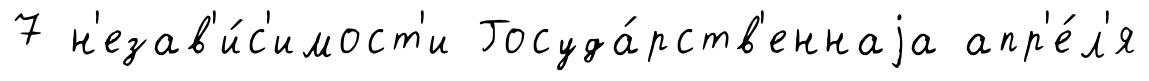
7 н'езав'и́с'имост'и Госуда́рств'еннаjа апр'е́л'я